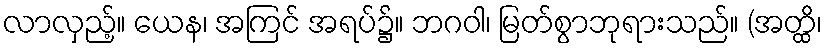
လာလှည့်။ ယေန၊ အကြင် အရပ်၌။ ဘဂဝါ၊ မြတ်စွာဘုရားသည်။ (အတ္ထိ၊